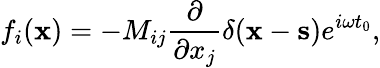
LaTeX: f_{i}({\mathbf x})=-M_{ij}\frac{\partial}{\partial x_{j}}\delta({\mathbf x}-{\mathbf s})e^{i\omega t_{0}},